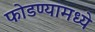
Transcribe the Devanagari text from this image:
फोडण्यामध्ये